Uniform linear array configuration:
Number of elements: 8
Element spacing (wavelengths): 0.5
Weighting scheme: hamming
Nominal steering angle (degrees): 30
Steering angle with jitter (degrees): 29.645
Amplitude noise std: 0.05
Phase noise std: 0.05

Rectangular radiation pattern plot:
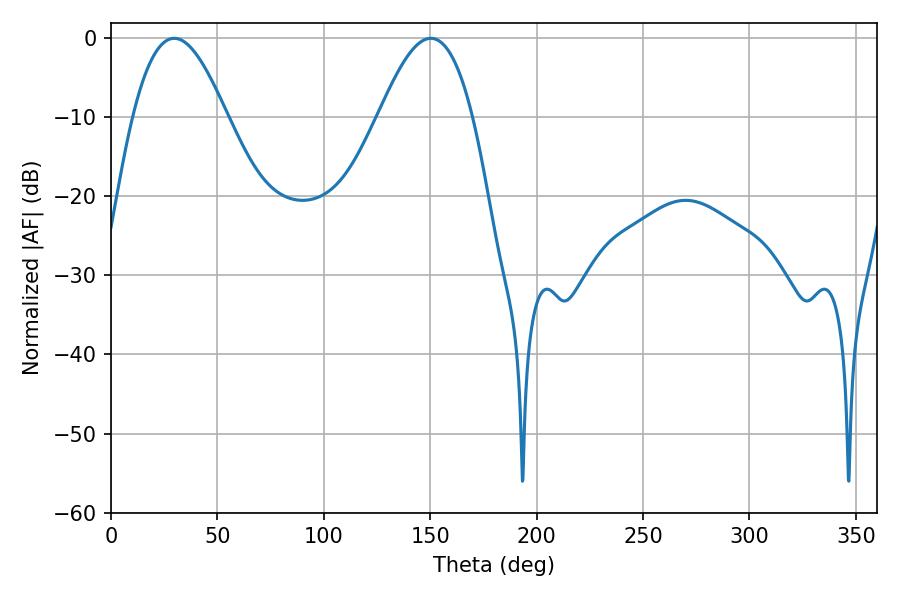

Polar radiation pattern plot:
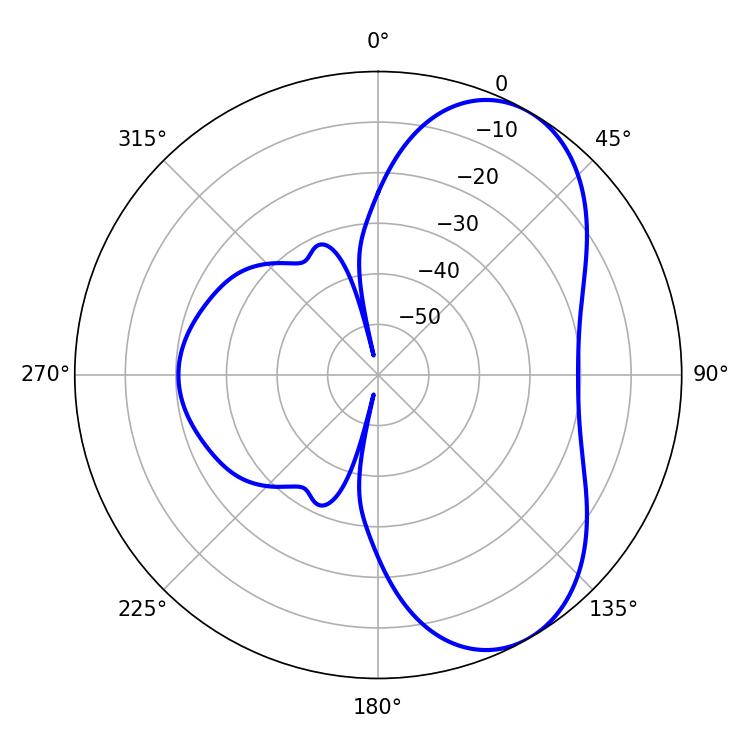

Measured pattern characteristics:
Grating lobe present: FALSE
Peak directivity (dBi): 6.283
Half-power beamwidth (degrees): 23.94
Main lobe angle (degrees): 29.7